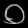
Digit: ၀